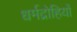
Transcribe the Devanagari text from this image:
धर्मद्रोहियों